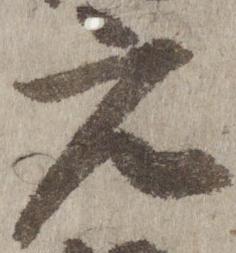
元